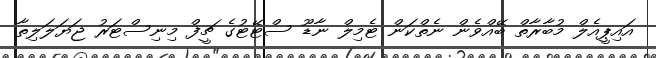
އައިޕީއެލް މުބާރާތް ބޭއްވެން ނެތްކަން ޓެމިލް ނާޑޫ ސްޓޭޓުގެ ޗީފް މިނިސްޓަރު ޖަޔަލަލިތާ